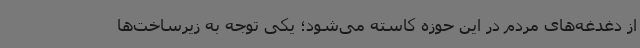
از دغدغه‌های مردم در این حوزه کاسته می‌شود؛ یکی توجه به زیرساخت‌ها